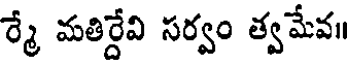
ర్మే మతిర్దేవి సర్వం త్వమేవ॥